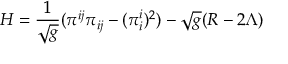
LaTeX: { \cal H } = \frac { 1 } { \sqrt { g } } ( \pi ^ { i j } \pi _ { i j } - ( \pi _ { i } ^ { i } ) ^ { 2 } ) - \sqrt { g } ( R - 2 \Lambda )